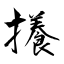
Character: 攁